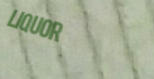
LIQUOR